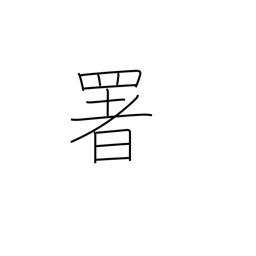
Meaning: govt office